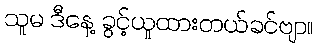
သူမ ဒီနေ့ ခွင့်ယူထားတယ်ခင်ဗျာ။